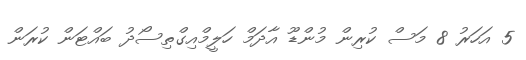
5 އަހަރު 8 މަސް ކުރިން މުންޑޫ އާދަމް ހަލީމްއިގްތިސޯދު ބައްޓަން ކުރަން